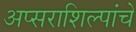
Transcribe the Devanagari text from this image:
अप्सराशिल्पांचे